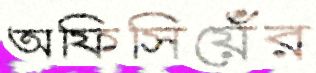
অফিসিয়েঁর